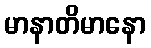
မာနာတိမာနော